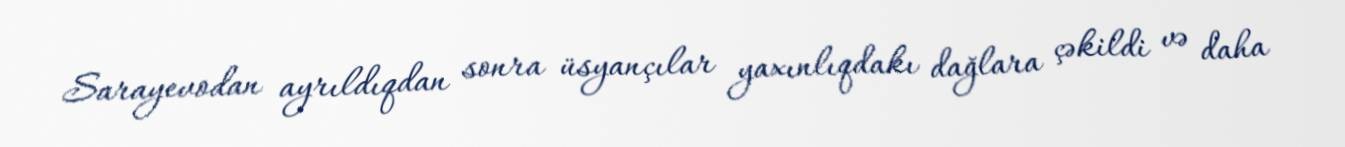
Sarayevodan ayrıldıqdan sonra üsyançılar yaxınlıqdakı dağlara çəkildi və daha